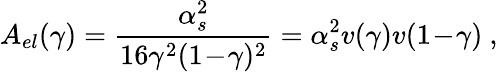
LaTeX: A_{el}(\gamma)=\frac{\alpha_{s}^{2}}{16\gamma^{2}(1\! -\! \gamma)^{2}}=\alpha_{s}^{2}v(\gamma)v(1\! -\! \gamma)\ ,